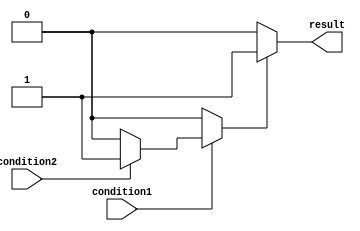
module nested_if_else (
    input wire condition1,
    input wire condition2,
    output reg result
);

reg intermediate_result;

always @ (condition1 or condition2)
begin
    if (condition1)
    begin
        if (condition2)
        begin
            intermediate_result = 1;
        end
        else
        begin
            intermediate_result = 0;
        end
    end
    else
    begin
        intermediate_result = 0;
    end

    if (intermediate_result)
    begin
        result = 1;
    end
    else
    begin
        result = 0;
    end
end

endmodule